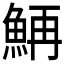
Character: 𲌴